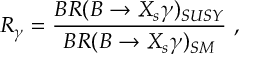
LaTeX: R _ { \gamma } = \frac { B R ( B \to X _ { s } \gamma ) _ { S U S Y } } { B R ( B \to X _ { s } \gamma ) _ { S M } } \ ,